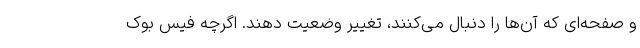
و صفحه‌ای که آن‌ها را دنبال می‌کنند، تغییر وضعیت دهند. اگرچه فیس بوک